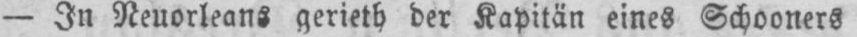
- In Neuorleans gerieth der Kapitän eines Schooners